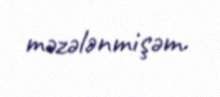
məzələnmişəm.